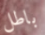
باطل